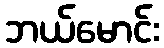
ဘယ်မောင်း